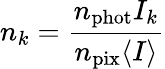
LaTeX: n_{k}=\frac{n_{\mathrm{phot}}I_{k}}{n_{\mathrm{pix}}\langle I\rangle}